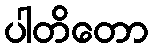
ပါတိတော